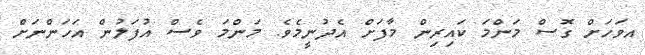
އވަހަށް ގޮސް މަންމަ ކައިރިން މާފަށް އެދުނީީމެވެ. މަންމަ ވެސް އުފަލުން އަހަންނަށް